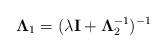
LaTeX: \begin{align*}{\rm {\bf \Lambda }}_1 =(\lambda {\rm {\bf I}}+{\rm {\bf \Lambda }}_2^{-1} )^{-1}\end{align*}